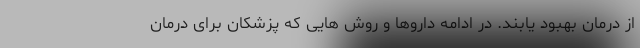
از درمان بهبود یابند. در ادامه داروها و روش هایی که پزشکان برای درمان